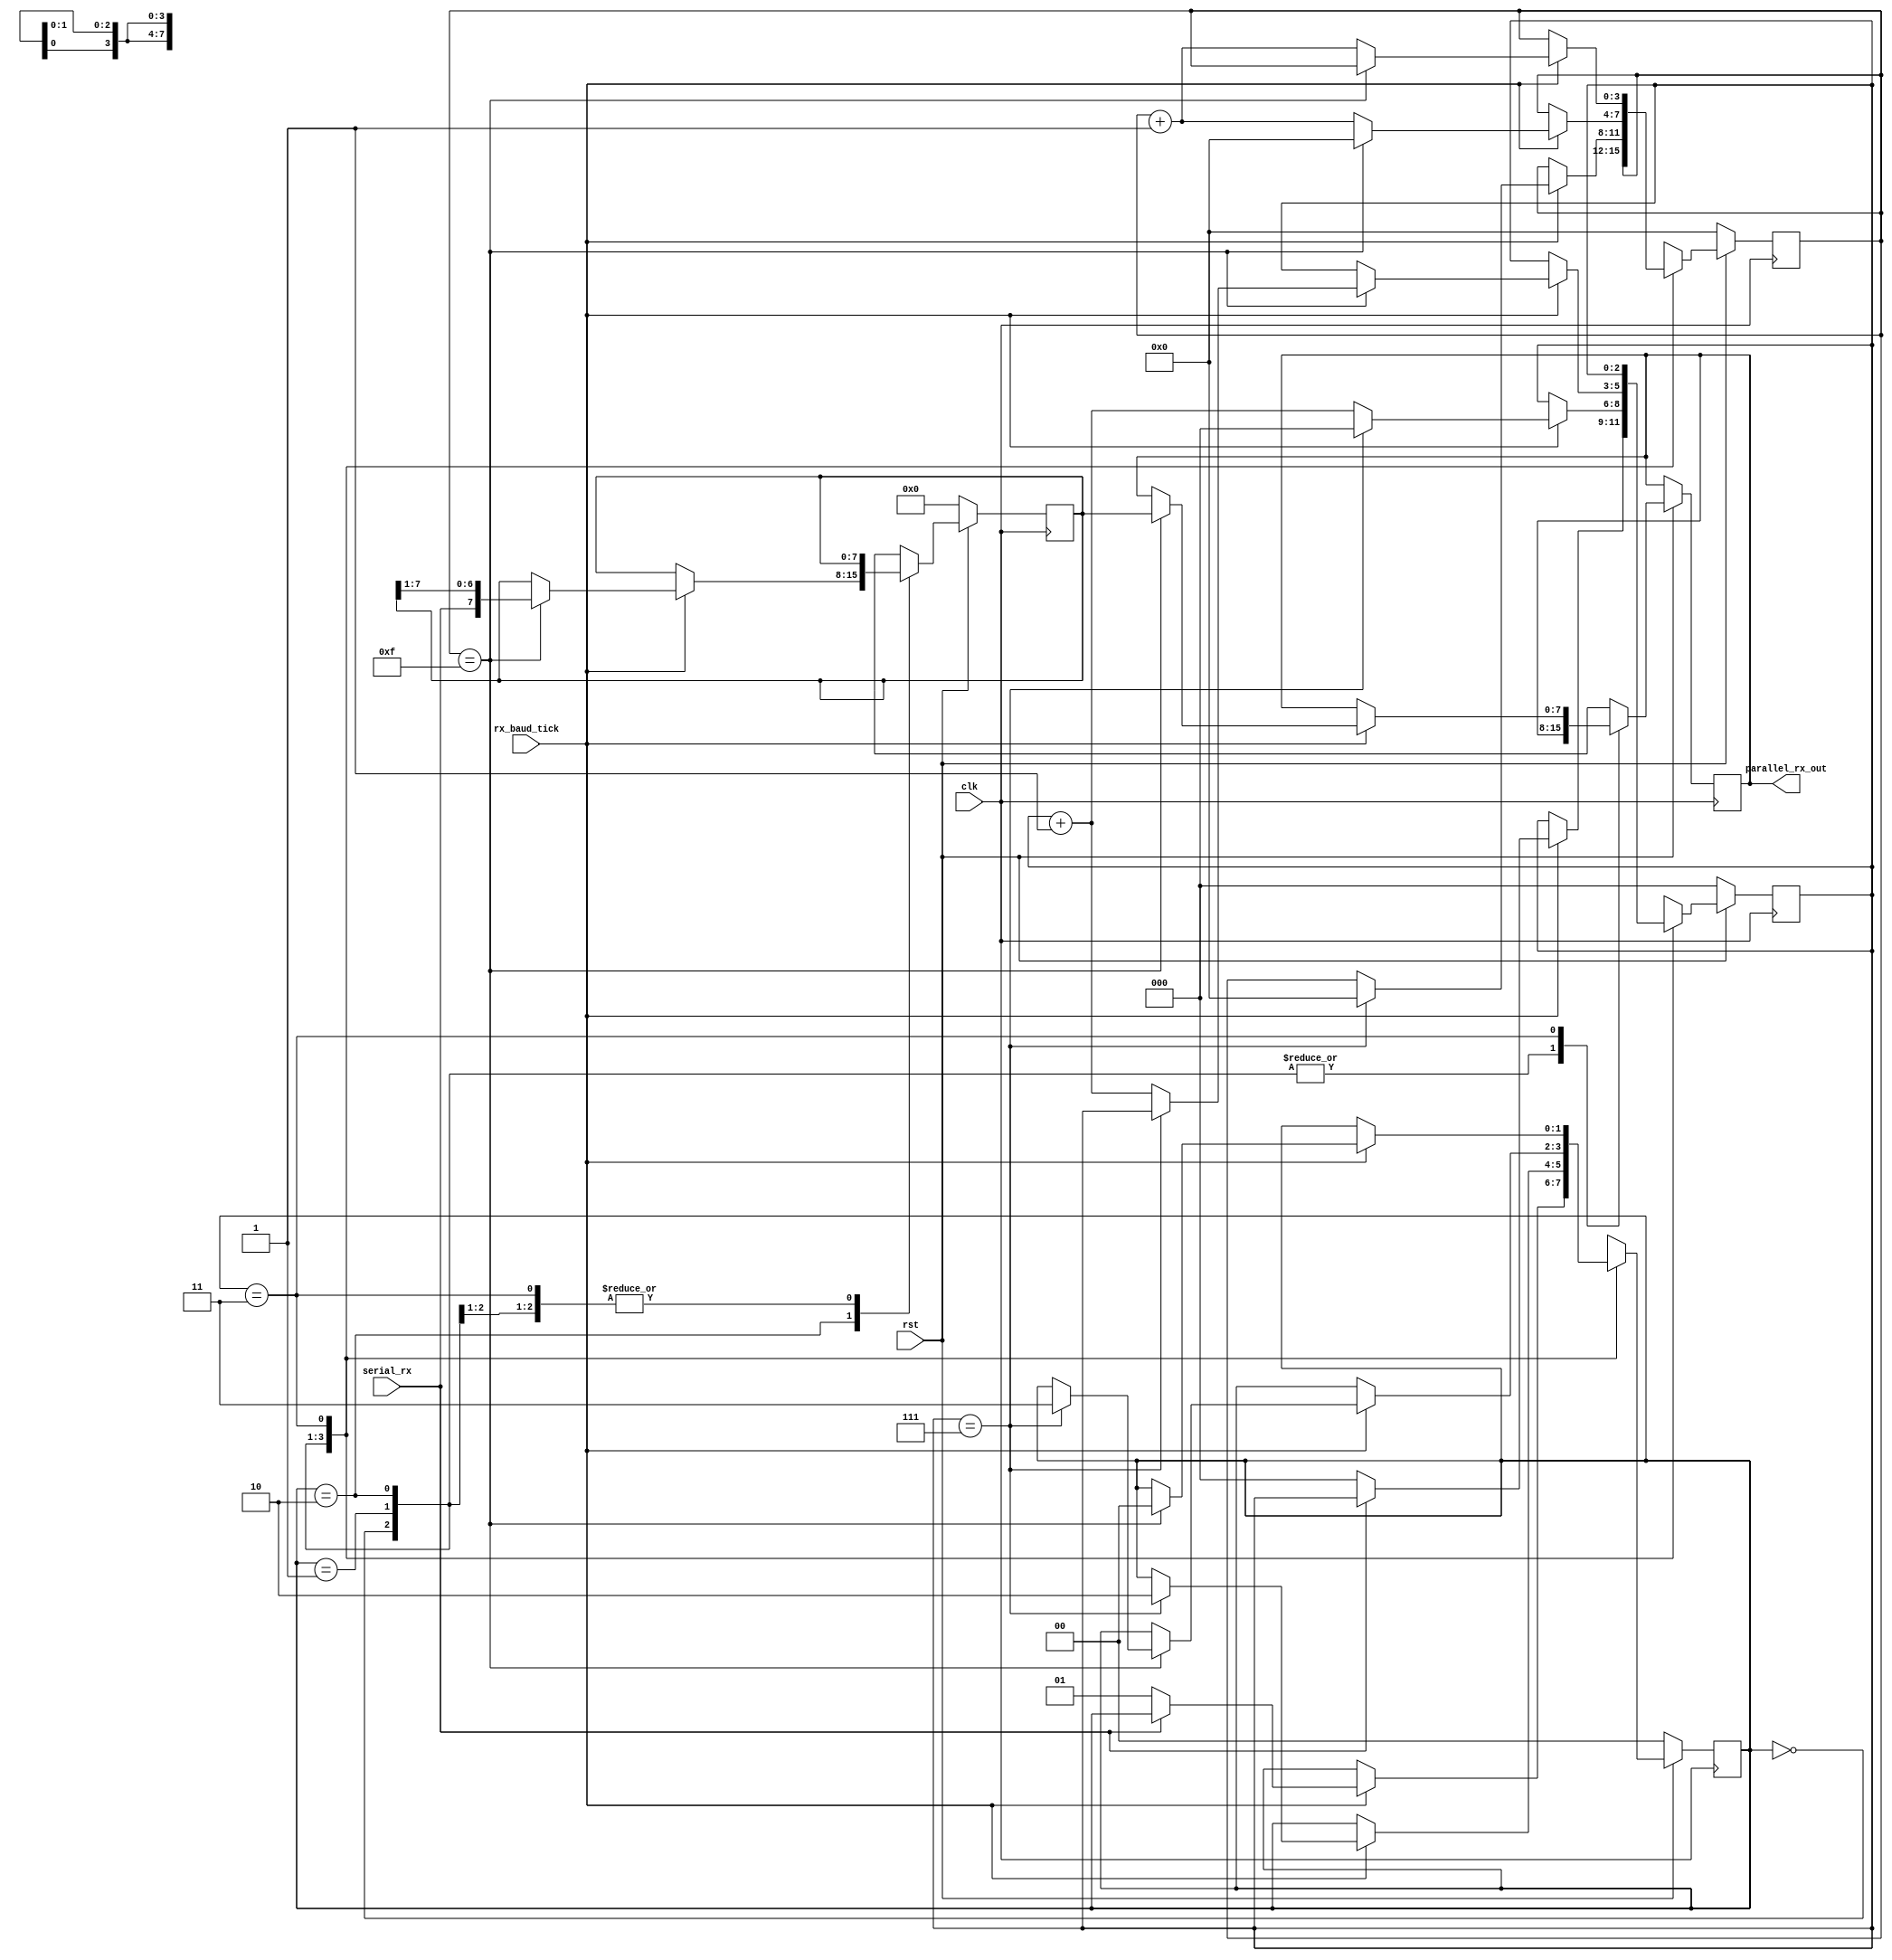
module RxModule (clk, rst, rx_baud_tick, serial_rx, parallel_rx_out/*, buff_tick*/);
//////////////////////////////// Signals
input clk, rst;
input rx_baud_tick;
input serial_rx;
output [7:0] parallel_rx_out;

//wire [1:0] baud_sel;
wire rx_baud_tick;

reg [7:0] parallel_rx_nxt;
reg [7:0] parallel_rx;
reg [7:0] parallel_rx_buff_nxt;
reg [7:0] parallel_rx_buff;
reg [1:0] state;
reg [1:0] state_nxt;
reg [2:0] count8;
reg [2:0] count8_nxt;
reg [3:0] count16;
reg [3:0] count16_nxt;


parameter [1:0] oversamp = 2'b00, start8samp = 2'b01, data16samp = 2'b10, stop = 2'b11;

/////////////////////////////////////////////////////////////////////////////////////// body
							
///////////////////////////////////////////////////////////////// register
	always @ (negedge clk) begin
	//******* resetting
		if (!rst) begin
			state <= oversamp;
			count8 <= 3'b0;
			count16 <= 4'b0;
			parallel_rx <=7'b0;
		end//if
		//******* normal operation
		else begin
			// at baud rate do the following
				state <= state_nxt;
				count8 <= count8_nxt;
				count16 <= count16_nxt;
				parallel_rx <= parallel_rx_nxt; // serial to parallel shifting
				parallel_rx_buff <= parallel_rx_buff_nxt; // buffering
		end//else
	end//always
	
///////////////////////////////////////////////////// next-state logic
	always @ * begin
	//******* default next-state signal
		state_nxt = state;
		count8_nxt = count8;
		count16_nxt = count16;
		parallel_rx_nxt = parallel_rx;
		parallel_rx_buff_nxt = parallel_rx_buff;
		
	//******* next-state logic for state cases @ baud rate
	case (state)
		oversamp: begin
			if (rx_baud_tick) begin
			if (serial_rx == 0) begin
				state_nxt = start8samp;
				count8_nxt = 3'b0;
			end//if
			end//if baud
		end//case .oversamp
		
		start8samp: begin
			if (rx_baud_tick) begin
			if (count8 == 7) begin //there is extra clock cycle between count8 and count16 for state transition, so, count 7 only
				state_nxt = data16samp;
				count8_nxt = 3'b0;
				count16_nxt = 4'b0;
			end//if
			else begin
				count8_nxt = count8 + 3'b1;
			end//else
			end//if baud
		end//case .start8samp
		
		data16samp: begin
			if (rx_baud_tick) begin
			if (count16 == 15 ) begin
				count16_nxt = 4'b0;
				parallel_rx_nxt = {serial_rx, parallel_rx[7:1]};
				if (count8 == 7) begin // use count 8 this time to count #data_bits shifted
					state_nxt = stop;
					count16_nxt = 4'b0;
				end//if
				else begin
					count8_nxt = count8 + 3'b1;
				end//else
			end//if
			else begin
				count16_nxt = count16 + 4'b1;
			end//else
			end//if baud
		end//case . data16samp
		
		stop: begin
			if (rx_baud_tick) begin
			if (count16 == 15) begin
				state_nxt = oversamp;
				parallel_rx_buff_nxt = parallel_rx;
			end//if
			else begin
				count16_nxt = count16 + 4'b1;
			end//else
			end//if baud
		end//case .stop
	endcase
	end//always*
	
/////////////////////////////////////////////////////// output logic
	assign parallel_rx_out = parallel_rx_buff[7:0];
endmodule